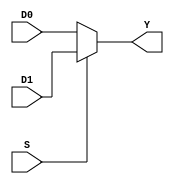
//Mux 2:1
module mux2(
  input wire  D0, D1,
  input wire S,
  output wire Y);
assign Y = S ? D1: D0;

endmodule //module mux2

//Mux 4:1
module mux4 (
  input wire D0 , D1, D2, D3, S0, S1,
  output wire Y1);

  wire W1, W2;

  //Hay que relacionarlo con mux2
  mux2 box1(D0, D1, S0, W1);
  mux2 box2(D2, D3, S0, W2);
  mux2 box3(W1, W2, S1, Y1);

endmodule // mux4

//Mux 8:1
module mux8 (
  input wire D0, D1, D2, D3, D4, D5, D6, D7, S0, S1, S2,
  output wire Y2);

wire W1, W2;

//Ahora se hace una relacion de dos mux 4 y un mux 2
mux4 box1(D0, D1, D2, D3, S0, S1, W1);
mux4 box2(D4, D5, D6, D7, S0, S1, W2);
mux2 box3(W1, W2, S2, Y2); //aqui se utiliza un mux 2 para unificar los muxes 4

endmodule // mux8

module Tabla1_8 (input wire A, B, C, output wire Y);

  wire G, V; //G es 0 porque es tierra y V es 1 porque es voltaje
  assign G = 0;
  assign V = 1;

  mux8 T1_8(G, V, V, G, V, G, G, V, A, B, C, Y);

endmodule // Tabla1_8

//Implementacion de mux 4:1 en tabla 1
module Tabla1_4 (input wire A, B, C, output wire Y);

  wire Cs, CNO; //son las entradas C normal y la C negada

  assign Cs = C;
  assign CNO = ~C;

  mux4 T1_4(Cs, CNO, CNO, Cs, A, B, Y);

endmodule // Tabla1_4

//Implementacion de mux 2:1 en tabla 1
module Tabla1_2 (input wire A, B, C, output wire Y);

  wire B0, C0; //En el dibujo del 2:1 sus entradas son B y C

  assign B0 = (B ^ C);
  assign C0 = ~(B ^ C);

  mux2 T1_2(B0, C0, A, Y);

endmodule // Tabla1_2

//Se va a implementar la tabla 2 con los muxes
module Tabla2_8 (input wire A, B, C, output Y);

wire G, V;

  assign G = 0;
  assign V = 1;

//implementacion del modulo mux8
mux8 T2_8(V, G, G, G, G, V, V, G, A, B, C, Y);

endmodule // Tabla2_8

//mux4
module Tabla2_4 (input wire A, B, C, output wire Y);

wire Cs, CNO, GND;

assign Cs = C;
assign CNO = ~C;
assign GND = 0;

mux4 T2_4(CNO, GND, Cs, CNO, A, B, Y);

endmodule // Tabla2_4



//implementacion del modulo mux4